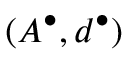
( A ^ { \bullet } , d ^ { \bullet } )